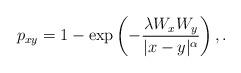
LaTeX: \begin{align*}p_{xy} = 1 - \exp \left( -\frac{\lambda W_xW_y}{|x-y|^{\alpha}}\right),.\end{align*}